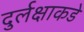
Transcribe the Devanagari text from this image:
दुर्लक्षाकडे